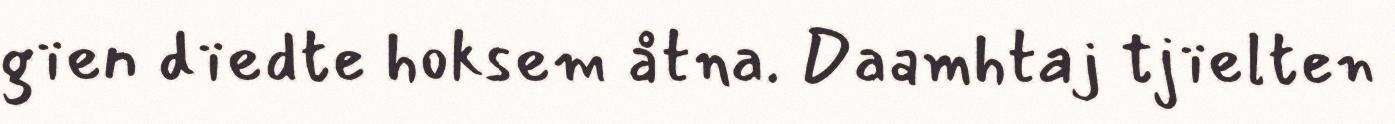
gïen dïedte hoksem åtna. Daamhtaj tjïelten